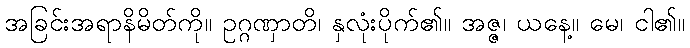
အခြင်းအရာနိမိတ်ကို။ ဥဂ္ဂဏှာတိ၊ နှလုံးပိုက်၏။ အဇ္ဇ၊ ယနေ့။ မေ၊ ငါ၏။